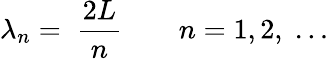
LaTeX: \lambda_{n}=\; \frac{2L}{n}\qquad n=1,2,\; \dots